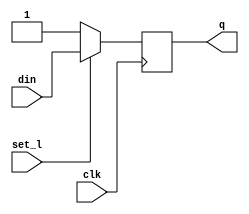
module dffsl_ns_1 (din, clk, set_l, q);
parameter SIZE = 1;
input   [SIZE-1:0]      din ;   
input                   clk ;   
input                   set_l ; 
output  [SIZE-1:0]      q ;     
reg     [SIZE-1:0]      q ;
always @ (posedge clk)
  q[SIZE-1:0] <= set_l ? din[SIZE-1:0] : {SIZE{1'b1}};
endmodule